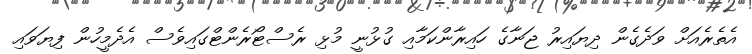
އެތެރެއަށް ވަދެގެން ދިޔައިރު ޖަނާގެ ހައިރާންކަމާއި ގުޅުނީ މުޅި ރެސްޓޯރެންޓްގައިވެސް އެދެމީހުން ފިޔަވައި